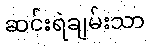
ဆင်းရဲချမ်းသာ